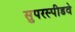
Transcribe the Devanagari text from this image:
सुपरस्पीडवे